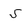
Character: 5